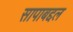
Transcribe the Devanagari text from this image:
सापाबद्दल